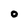
Character: O